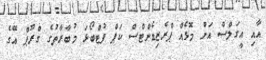
އާއި އީގަލްސް އަށް މޮޅެއް ޕްރެޒިޑެންޓްސް ކަޕް ފުޓްބޯޅަ މުބާރާތުގެ ގްރޫޕް އޭގެ